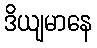
ဒိယျမာနေ